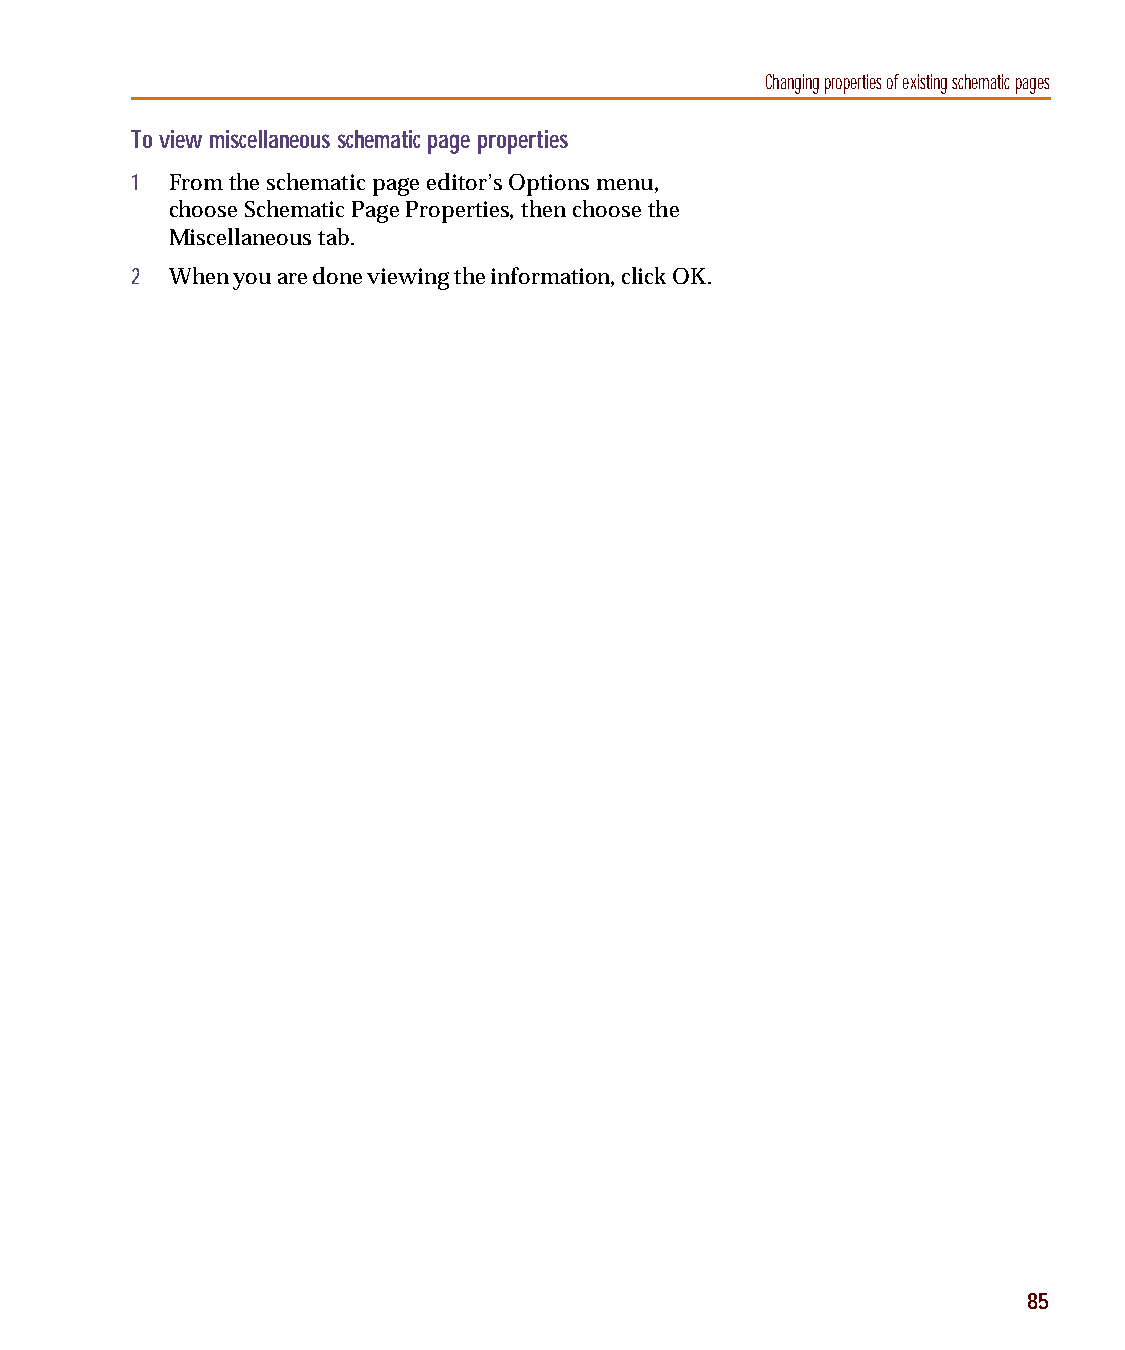
capug.book Page 85 Thursday, November 12, 1998 3:38 PM
 Changing properties of existing schematic pages
 To view miscellaneous schematic page properties
 1 From the schematic page editor’s Options menu,
 choose Schematic Page Properties, then choose the
 Miscellaneous tab.
 2 When you are done viewing the information, click OK.
 85